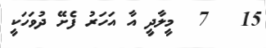
15   7  މީލާދީ އާ އަހަރު ފެށޭ ދުވަހަކީ